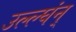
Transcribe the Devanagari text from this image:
उल्ल्घंन्